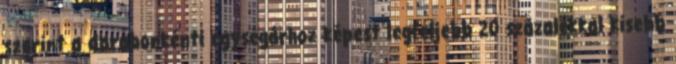
szerint a darabonkénti egységárhoz képest legfeljebb 20 százalékkal kisebb